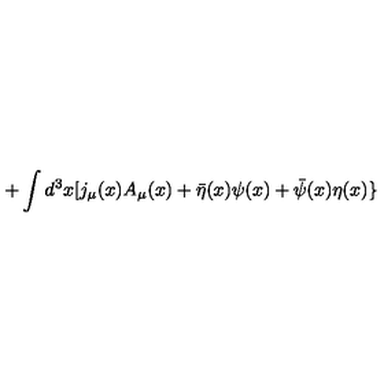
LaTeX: \, + \int d ^ { 3 } x [ j _ { \mu } ( x ) A _ { \mu } ( x ) + { \bar { \eta } } ( x ) \psi ( x ) + { \bar { \psi } } ( x ) \eta ( x ) \}